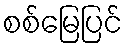
စစ်မြေပြင်